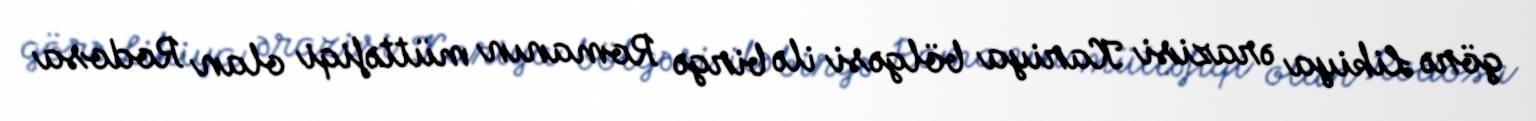
görə Likiya ərazisi Kariya bölgəsi ilə birgə Romanın müttəfiqi olan Rodosa